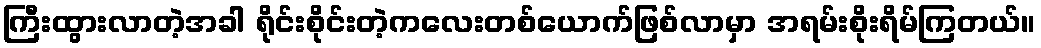
ကြီးထွားလာတဲ့အခါ ရိုင်းစိုင်းတဲ့ကလေးတစ်ယောက်ဖြစ်လာမှာ အရမ်းစိုးရိမ်ကြတယ်။